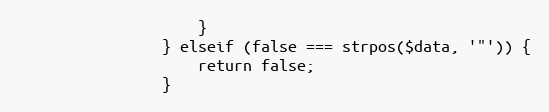
Language: PHP
                    }
                } elseif (false === strpos($data, '"')) {
                    return false;
                }